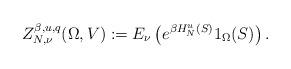
LaTeX: \begin{align*} Z^{\beta, u, q}_{N,\nu}(\Omega,V):= E_\nu\left( e^{\beta H_N^u(S) } 1_{\Omega}(S) \right).\end{align*}